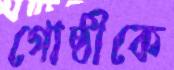
গোষ্ঠীকে